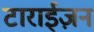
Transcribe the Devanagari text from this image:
टाराईज़न